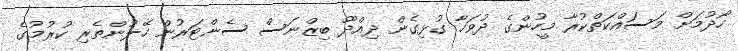
ހޯދުމަށް މަސައްކަތްކުރާ މީހުންގެ ދުވަހާ ގުޅިގެން ދިއްދޫ ބިޒްނަސް ސެންޓަރުން ހޭލުންތެރި ކުރުމުގެ